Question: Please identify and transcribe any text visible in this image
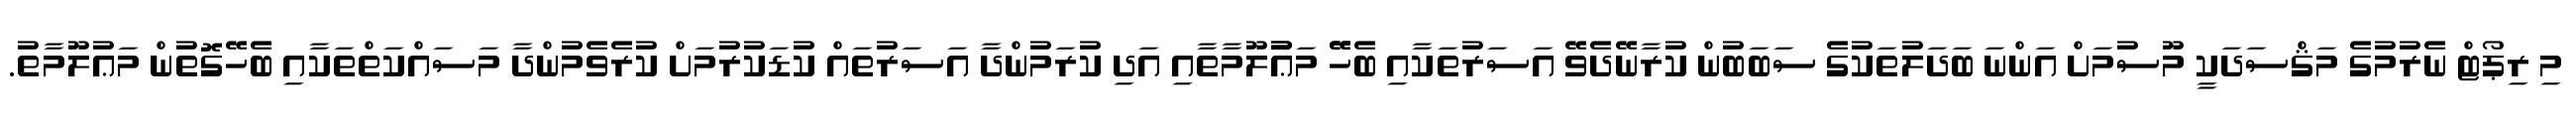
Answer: މި ރިޕޯޓް ނެރުމުގެ މަޤްސަދަކީ މޫސުމަށް އަންނަ ބަދަލުތަކުގެ ސަބަބުން ކުރާނޭދެވޭ އަސަރުތަކާއި ބެހޭޭ މަޢުުލޫމާތާއި އަދި ކުރަމުންދާ އަސަރުތައް ކުޑަކުރުމަށް ކުރެވެމުންދާ މަސައްކަތްތަކާއި ބެހޭގޮތުން މަޢުލޫމާތު.